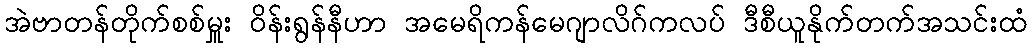
အဲဗာတန်တိုက်စစ်မှူး ဝိန်းရွန်နီဟာ အမေရိကန်မေဂျာလိဂ်ကလပ် ဒီစီယူနိုက်တက်အသင်းထံ